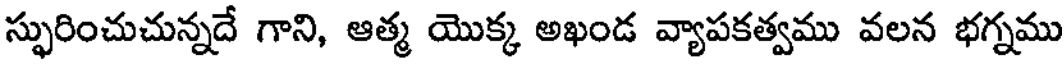
స్ఫురించుచున్నదే గాని, ఆత్మ యొక్క అఖండ వ్యాపకత్వము వలన భగ్నము